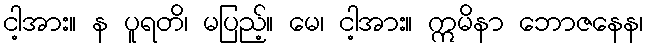
ငါ့အား။ န ပူရတိ၊ မပြည့်။ မေ၊ ငါ့အား။ ဣမိနာ ဘောဇနေန၊